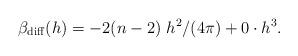
LaTeX: \begin{align*}\beta_{\rm diff} (h) = - 2 (n-2)~ h^2 /(4\pi) + 0 \cdot h^3 . \end{align*}